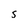
Character: 5